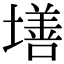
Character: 墡